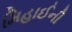
મિહાઈની